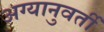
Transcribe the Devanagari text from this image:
अग्यानुवर्ती